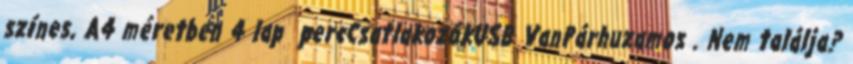
színes, A4 méretben 4 lap percCsatlakozókUSB VanPárhuzamos . Nem találja?